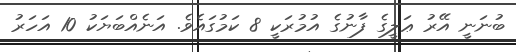
ބުނަނީ އޭރު ޢަލީގެ ފާނުގެ އުމުރަކީ 8 ކަމުގައެވެ. އަނެއްބަޔަކު 10 އަހަރު